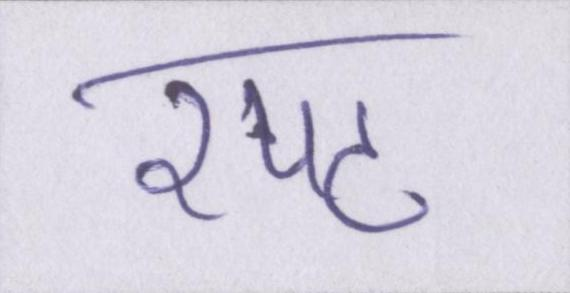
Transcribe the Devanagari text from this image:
रपट